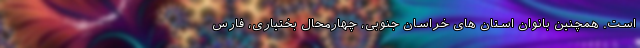
است. همچنین بانوان استان های خراسان جنوبی، چهارمحال بختیاری، فارس